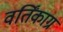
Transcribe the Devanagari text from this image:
वर्तिंकाग्र